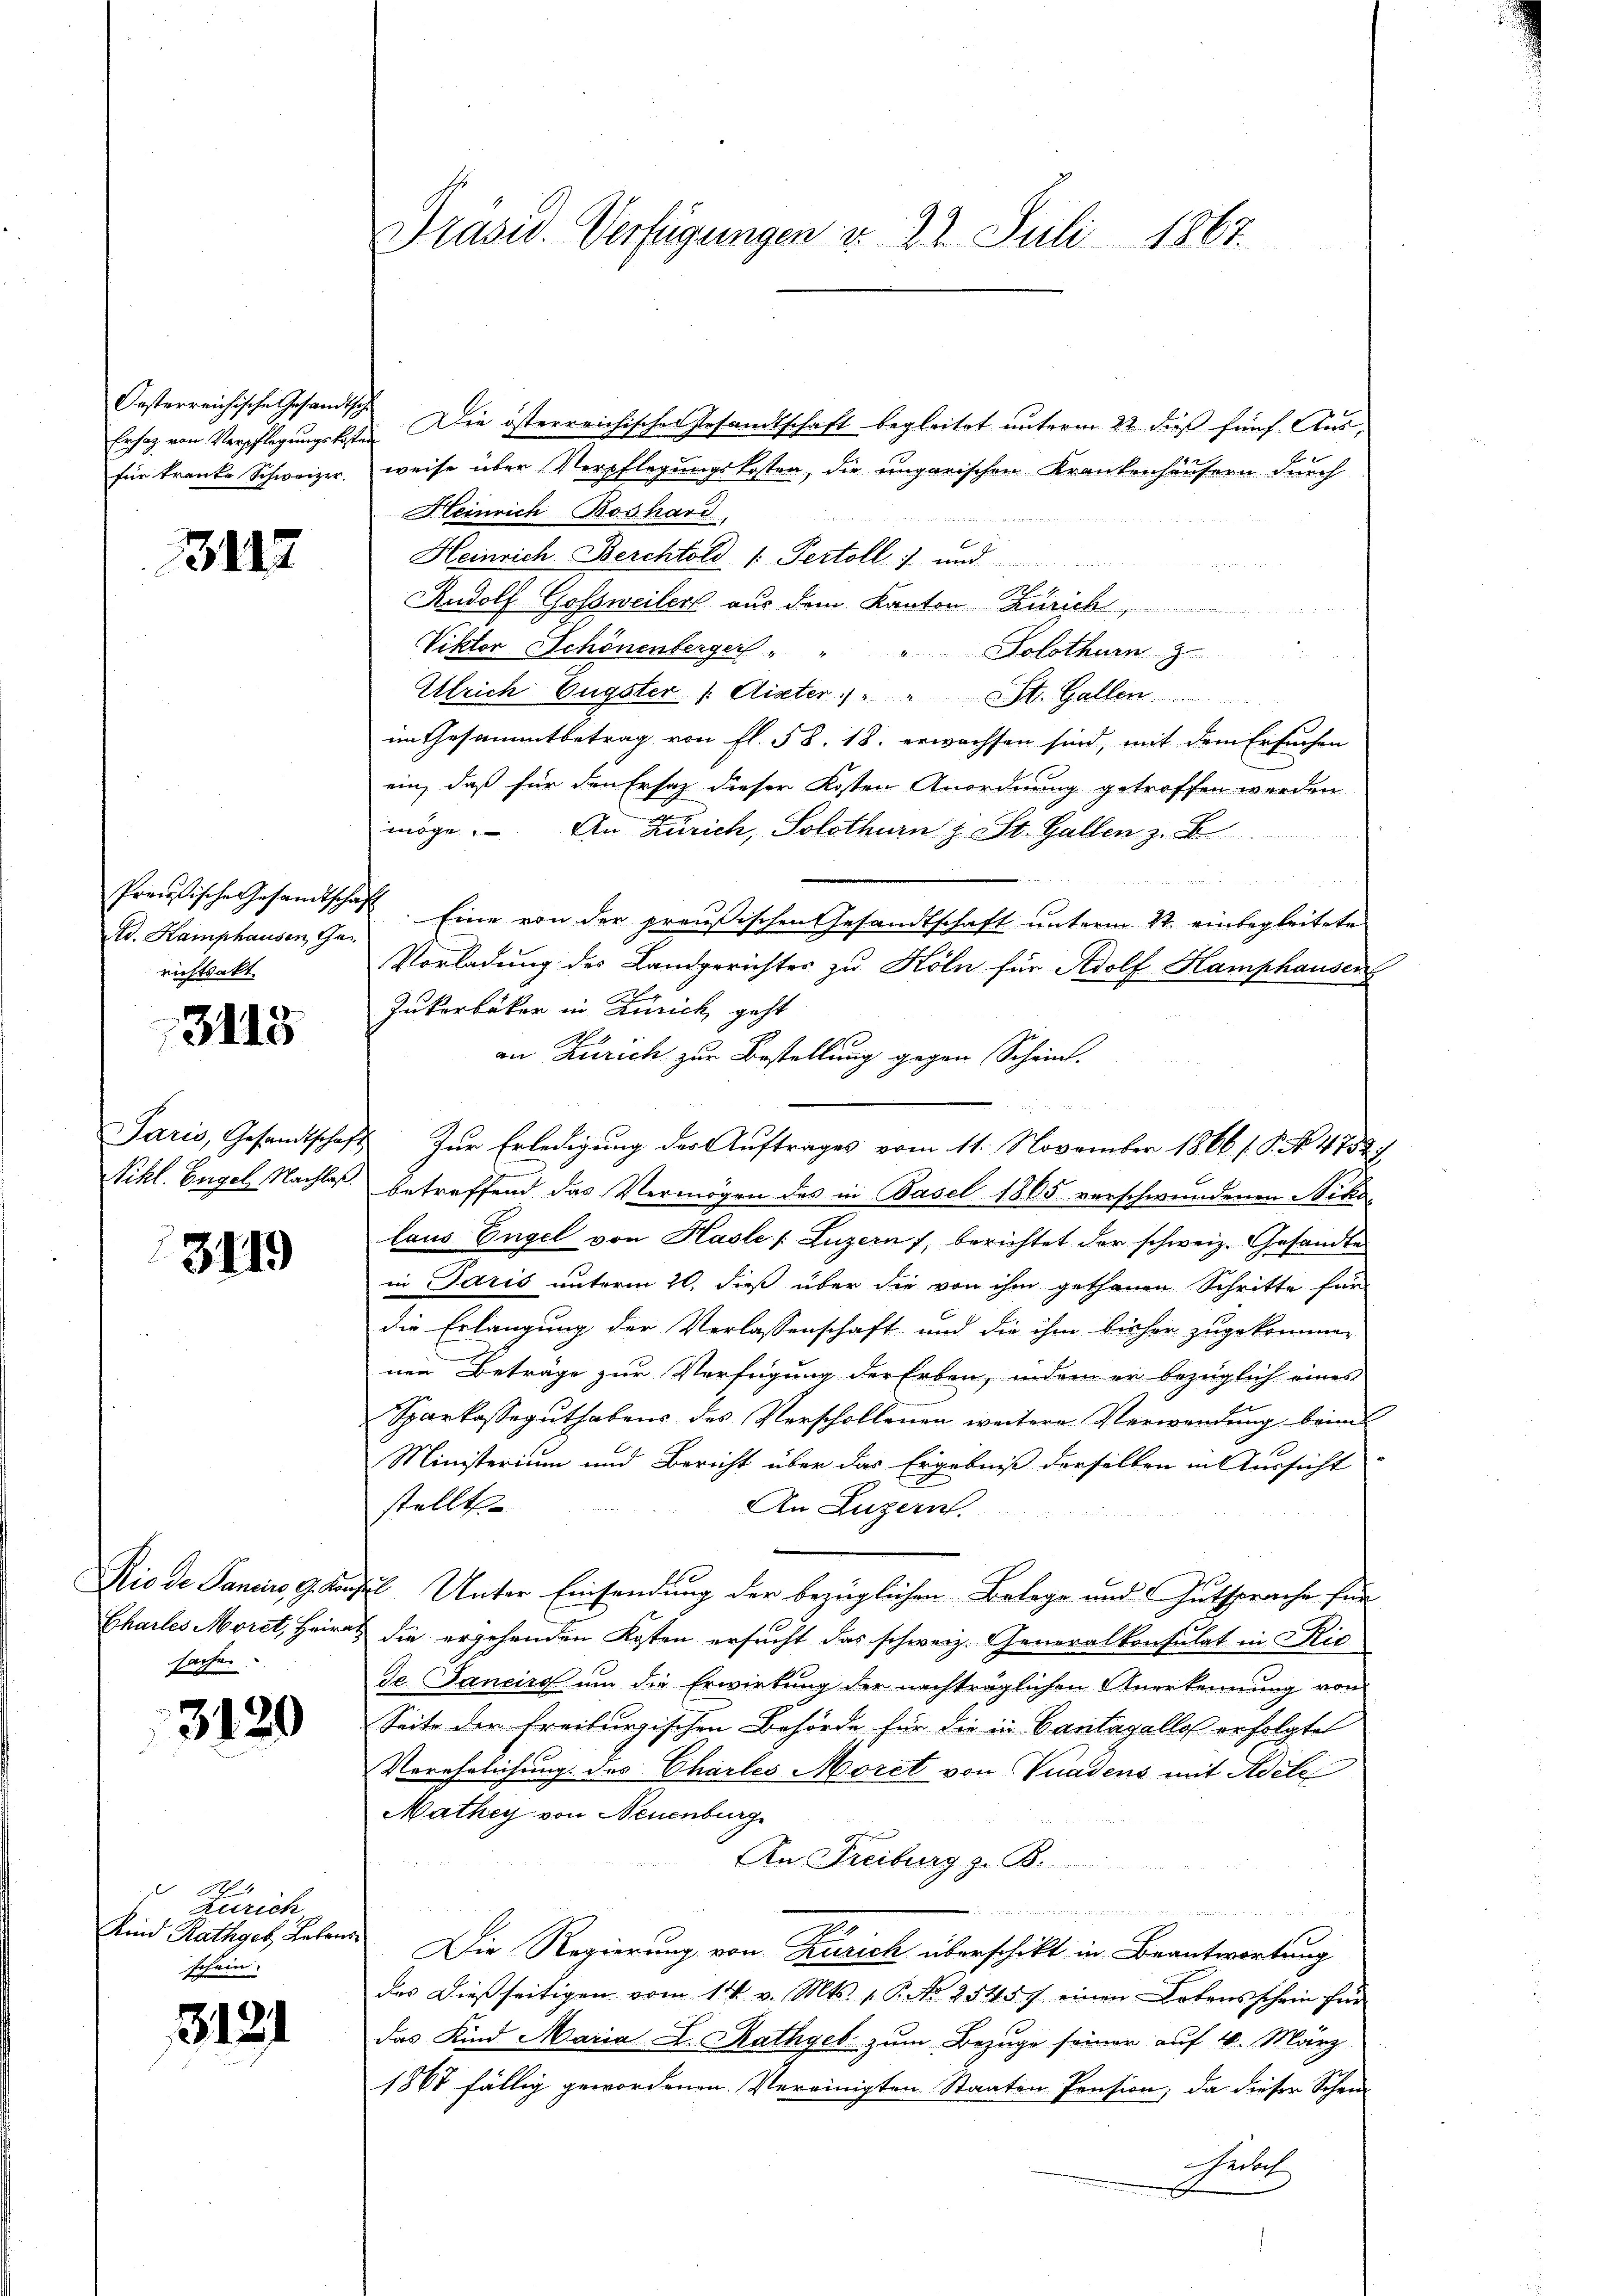
Oesterreichische Gesandtsch
für tranke Schweizer.

3112

Ad. Kamphausen Gerichtsakt

3145

Paris, Gesandtschaft
Pikl. Engel, Nachlaß.

3119

Rio de Panciers, 9. Jung
Charles Moret, Heira
Sacher.

3129

A 4
Zürich
schein.

3121

Präsid. Verfügungen d. 22. Juli 1867.

Ersatz von Verpflegungskoste. Die österreichischer Gesandtschaft begleitet unterm 22. dieß fünf. Aus-
weise über Verpflegungskosten, die ungarischen Krankenhäusern durch
Heinrich Boshard
 deiner
b
Heinrich. Berchtold 1. Pertoll :/ und
Rudolf Gossweiler aus dem Kanton Zürich
Viktor Schönenberger
"Solothur z
Ulrich Eugster /: Aister " " St. Gallen
im Gesammtbetrag von fl. 58. 18. erwachsen sind, mit dem Ersuchen
ein, daß für den Ersatz dieser Kosten Anordnung getroffen werden.
möge. An Zürich, Solothurn z. St. Gallen z. B

Preußische Gesamtschaft. Eine von der preußischen Gesandtschaft unterm 22. einbegleitete
Vorladung des Landgerichter zu Köln für Adolf Hamphausen
Jukerbäker in Zürich, geht
an Zürich zur Bestellung gegen Scheint.
 Zur Erledigung der Auftrages vom 11. November 1866 / P. Nr. 4782
betreffend das Vermögen des in Basel 1865 verschwundenen Nikolaus Engel von Hasle /: Luzern, berichtet der schweiz. Gesandte
in Paris unterm 20. dieß über die von ihm gethanen Schritte für
die Erlangung der Verlassenschaft und die ihm bisher zugekommen
nen Beträge zur Verfügung der Erben, indem er bezüglich eines
Sparkasseguthabens des Verschollenen weitere Verwendung beim
Ministerium und Bericht über das Ergebniß derselben in Aussicht
stellt.
An Luzern.
d Unter Einsendung der bezüglichen Belege und Gutsprache für
die ergehenden Kosten ersucht das schweiz. Generalkonsulat in Ris
de Janeiro um die Erwirkung der nachträglichen Anerkennung von
Seite der Freiburgischen Behörde für die in Cantagellos erfolgte
Verehelichung des Chartes Moret von Gnadens mit Adele
Mathey von Neuenburg
Leeren
An Freiburg z. B.

n
Kind Rathgeb Lebens. Die Regierung von Zürich überschikt in Beantwortung
das dießseitigen vom 14. v. Mts. v. P. Nr. 25457 einen Lebens schein für
das Kind Maria L. Rathgeb zum Bezuge seiner auf 4. März
1867 fällig gewordenen Vereinigten Staaten Pension; da dieser Schen
Rubitz